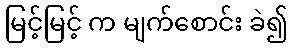
မြင့်မြင့် က မျက်စောင်း ခဲ၍